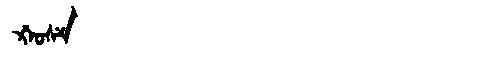
Manchu: ᡤ᠋ᠠᠣᠰᠶ
Romanization: G'AOSY